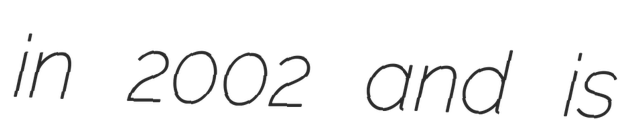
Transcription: in 2002 and is